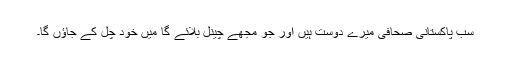
سب پاکستانی صحافی میرے دوست ہیں اور جو مجھے چینل بلائے گا میں خود چل کے جاؤں گا۔